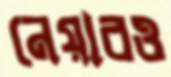
নেয়ারও